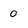
Character: 0